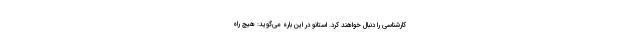
کارشناسی را دنبال خواهند کرد. استانو در این باره می‌گوید: هیچ راه